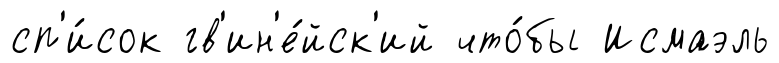
сп'и́сок гв'ин'е́йск'ий что́бы Исмаэль